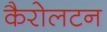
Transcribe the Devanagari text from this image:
कैरोलटन